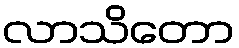
လာသိတော